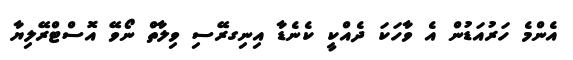
އެންމެ ހަރުއަޑުން އެ ވާހަކަ ދެއްކީ ކެނެޑާ އިނިގރޭސި ވިލާތް ނޯވޭ އޮސްޓްރޭލިޔާ